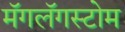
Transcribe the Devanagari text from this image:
मॅगलॅगस्टोम